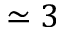
\simeq 3